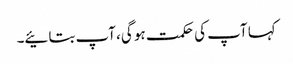
کہا آپ کی حکمت ہو گی، آپ بتائیے۔